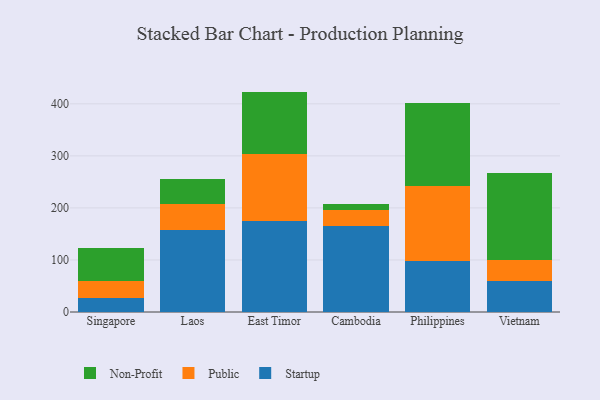
{"axis": {"x": "Country", "y": "Backlog"}, "legend": ["Non-Profit", "Public", "Startup"], "data": [{"x": "Singapore", "y": 26.5, "type": "Startup"}, {"x": "Singapore", "y": 33.5, "type": "Public"}, {"x": "Singapore", "y": 62.1, "type": "Non-Profit"}, {"x": "Laos", "y": 157.9, "type": "Startup"}, {"x": "Laos", "y": 50.0, "type": "Public"}, {"x": "Laos", "y": 47.1, "type": "Non-Profit"}, {"x": "East Timor", "y": 174.1, "type": "Startup"}, {"x": "East Timor", "y": 129.8, "type": "Public"}, {"x": "East Timor", "y": 119.6, "type": "Non-Profit"}, {"x": "Cambodia", "y": 166.1, "type": "Startup"}, {"x": "Cambodia", "y": 29.7, "type": "Public"}, {"x": "Cambodia", "y": 12.0, "type": "Non-Profit"}, {"x": "Philippines", "y": 98.6, "type": "Startup"}, {"x": "Philippines", "y": 143.6, "type": "Public"}, {"x": "Philippines", "y": 160.3, "type": "Non-Profit"}, {"x": "Vietnam", "y": 59.8, "type": "Startup"}, {"x": "Vietnam", "y": 40.8, "type": "Public"}, {"x": "Vietnam", "y": 165.6, "type": "Non-Profit"}]}